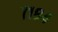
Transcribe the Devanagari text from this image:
७१८४